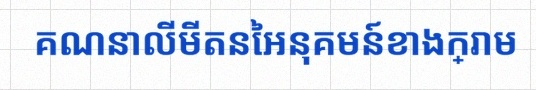
គណនាលីមីតនៃអនុគមន៍ខាងក្រោម